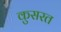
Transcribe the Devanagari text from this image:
कुसरत